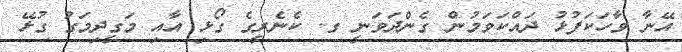
އޭނާ ވާހަކަފުޅު ދައްކަވަމުން ގެންދަވަނީ ގ. ކެނެރީގެ ގޯޅި އާއި މަގީދިމަގު ގުޅޭ